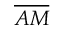
\overline { { A M } }